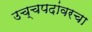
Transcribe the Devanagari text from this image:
उच्चपदांवरचा